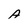
Character: A